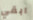
ابقي